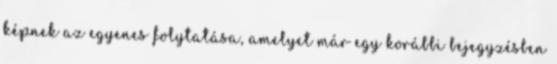
képnek az egyenes folytatása, amelyet már egy korábbi bejegyzésben